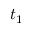
t _ { 1 }